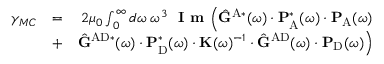
\begin{array} { r l r } { \gamma _ { M C } } & { = } & { 2 \mu _ { 0 } \int _ { 0 } ^ { \infty } d \omega \; \omega ^ { 3 } \; \textbf { I m } \Big ( \hat { \mathbf { G } } ^ { \mathrm { A } * } ( \omega ) \cdot \mathbf { P } _ { \mathrm { A } } ^ { * } ( \omega ) \cdot \mathbf { P } _ { \mathrm { A } } ( \omega ) } \\ & { + } & { \hat { \mathbf { G } } ^ { \mathrm { A D } * } ( \omega ) \cdot \mathbf { P } _ { \mathrm { D } } ^ { * } ( \omega ) \cdot \mathbf { K } ( \omega ) ^ { - 1 } \cdot \hat { \mathbf { G } } ^ { \mathrm { A D } } ( \omega ) \cdot \mathbf { P } _ { \mathrm { D } } ( \omega ) \Big ) } \end{array}